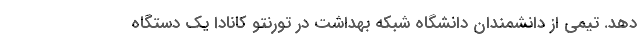
دهد. تیمی از دانشمندان دانشگاه شبکه بهداشت در تورنتو کانادا یک دستگاه